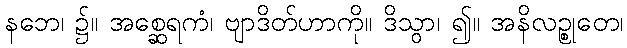
နဘေ၊ ၌။ အစ္ဆေရကံ၊ ဗျာဒိတ်ဟာကို။ ဒိသွာ၊ ၍။ အနိလဉ္စုတေ၊